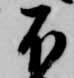
不